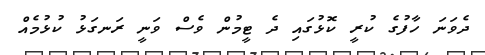
ދެވަނަ ހާފުގެ ކުރީ ކޮޅުގައި ދެ ޓީމުން ވެސް ވަނީ ރަނގަޅު ކުޅުމެއް